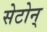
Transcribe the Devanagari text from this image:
सेटोन्